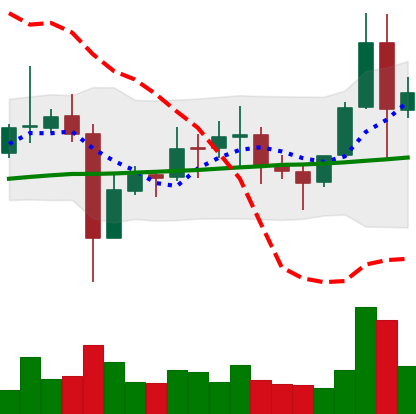
Ticker: EOS-USD
Chart end date: 2021-11-11
Forward return: -12.219%
Label: down_7plus